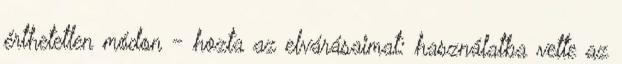
érthetetlen módon - hozta az elvárásaimat: használatba vette az